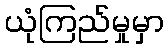
ယုံကြည်မှုမှာ